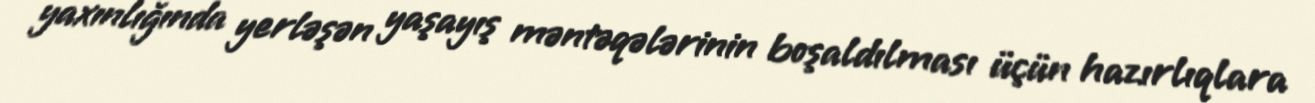
yaxınlığında yerləşən yaşayış məntəqələrinin boşaldılması üçün hazırlıqlara